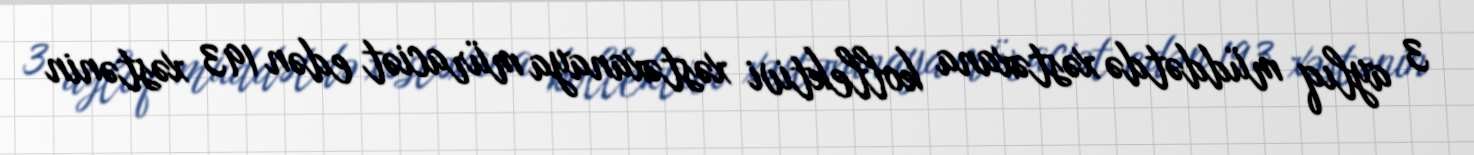
3 aylıq müddətdə xəstəxana kollektivi xəstəxanaya müraciət edən 193 xəstənin